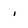
Character: i